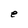
Character: e